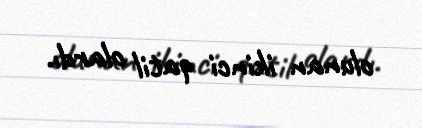
olunan ikinci qatil olardı.